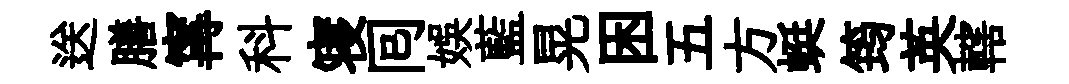
送膳𡩋科寝囘娱藍晃困五方蜓筠英轄